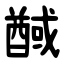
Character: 䤋